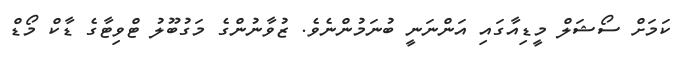
ކަމަށް ސޯޝަލް މީޑިއާގައި އަންނަނީ ބުނަމުންނެވެ. ޒުވާނުންގެ މަގުބޫލު ޓްވިޓާގެ ޑާކް މޯޑް